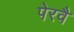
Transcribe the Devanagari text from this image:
पेरवै